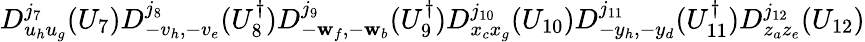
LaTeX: D_{u_{h}u_{g}}^{j_{7}}(U_{7})D_{-v_{h},-v_{e}}^{j_{8}}(U_{8}^{\dagger})D_{-\mathbf{w}_{f},-\mathbf{w}_{b}}^{j_{9}}(U_{9}^{\dagger})D_{x_{c}x_{g}}^{j_{10}}(U_{10})D_{-y_{h},-y_{d}}^{j_{11}}(U_{11}^{\dagger})D_{z_{a}z_{e}}^{j_{12}}(U_{12})